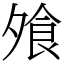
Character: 飧